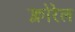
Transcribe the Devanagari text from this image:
क्लोरेल